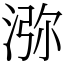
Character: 㳽